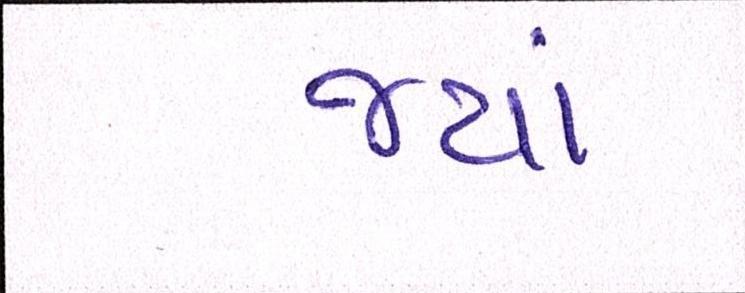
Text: જ્યાં